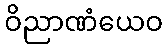
ဝိညာဏံယေဝ